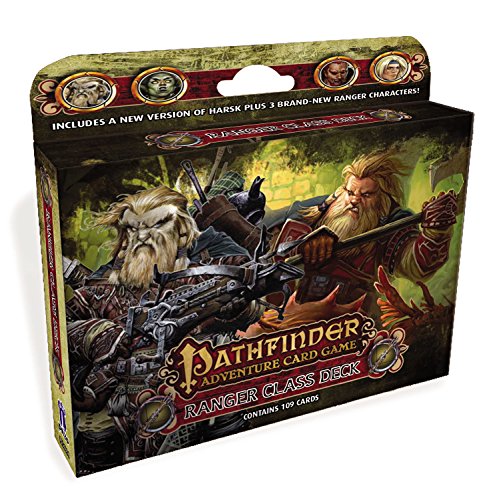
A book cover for Pathfinder Adventure Card Game: Ranger Class Deck; Mike Selinker; Science Fiction & Fantasy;